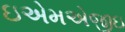
ઇએમએજીઇ